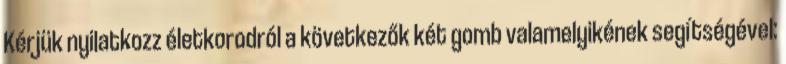
Kérjük nyilatkozz életkorodról a következők két gomb valamelyikének segítségével: